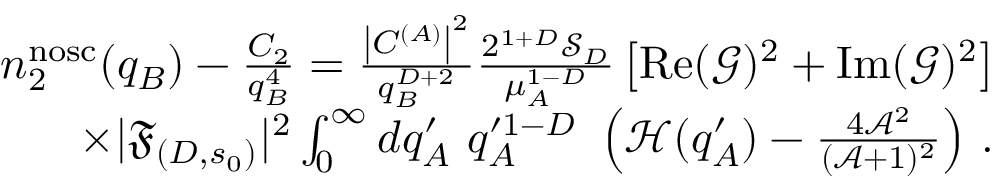
\begin{array} { r l r } & { } & { n _ { 2 } ^ { \mathrm { n o s c } } ( q _ { B } ) - \frac { C _ { 2 } } { q _ { B } ^ { 4 } } = \frac { \left| C ^ { ( A ) } \right| ^ { 2 } } { q _ { B } ^ { D + 2 } } \frac { 2 ^ { 1 + D } \mathcal { S } _ { D } } { \mu _ { A } ^ { 1 - D } } \left[ \operatorname { R e } ( \mathcal { G } ) ^ { 2 } + \operatorname { I m } ( \mathcal { G } ) ^ { 2 } \right] } \\ & { } & { \times | \mathfrak { F } _ { ( D , s _ { 0 } ) } | ^ { 2 } \int _ { 0 } ^ { \infty } d q _ { A } ^ { \prime } \ q _ { A } ^ { \prime 1 - D } \ \left( \mathcal { H } ( q _ { A } ^ { \prime } ) - \frac { 4 \mathcal { A } ^ { 2 } } { ( \mathcal { A } + 1 ) ^ { 2 } } \right) \, . } \end{array}